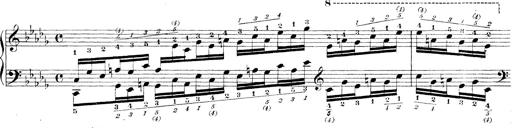
Title: Technische Studien
Composer: Franz Liszt